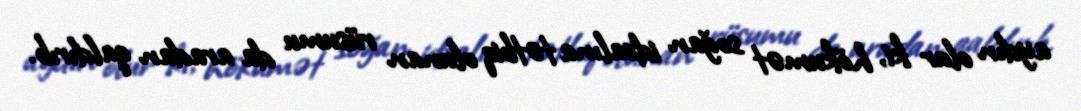
aydın olur ki, hökumət soğan idxalına tətbiq olunan rüsumu da aradan qaldırıb.